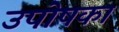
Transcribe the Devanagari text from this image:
उपोषका